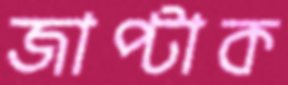
জাপ্‌টাক